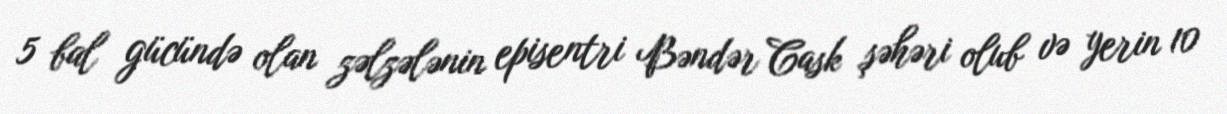
5 bal gücündə olan zəlzələnin episentri Bəndər Cask şəhəri olub və yerin 10